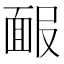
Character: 𩈑